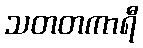
သတတကာရီ